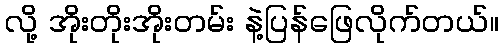
လို့ အိုးတိုးအိုးတမ်း နဲ့ပြန်ဖြေလိုက်တယ်။